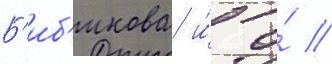
Б'иб'икова и́ о́ //